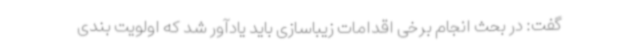
گفت: در بحث انجام برخی اقدامات زیباسازی باید یادآور شد که اولویت بندی